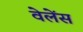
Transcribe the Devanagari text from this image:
वेलेंस